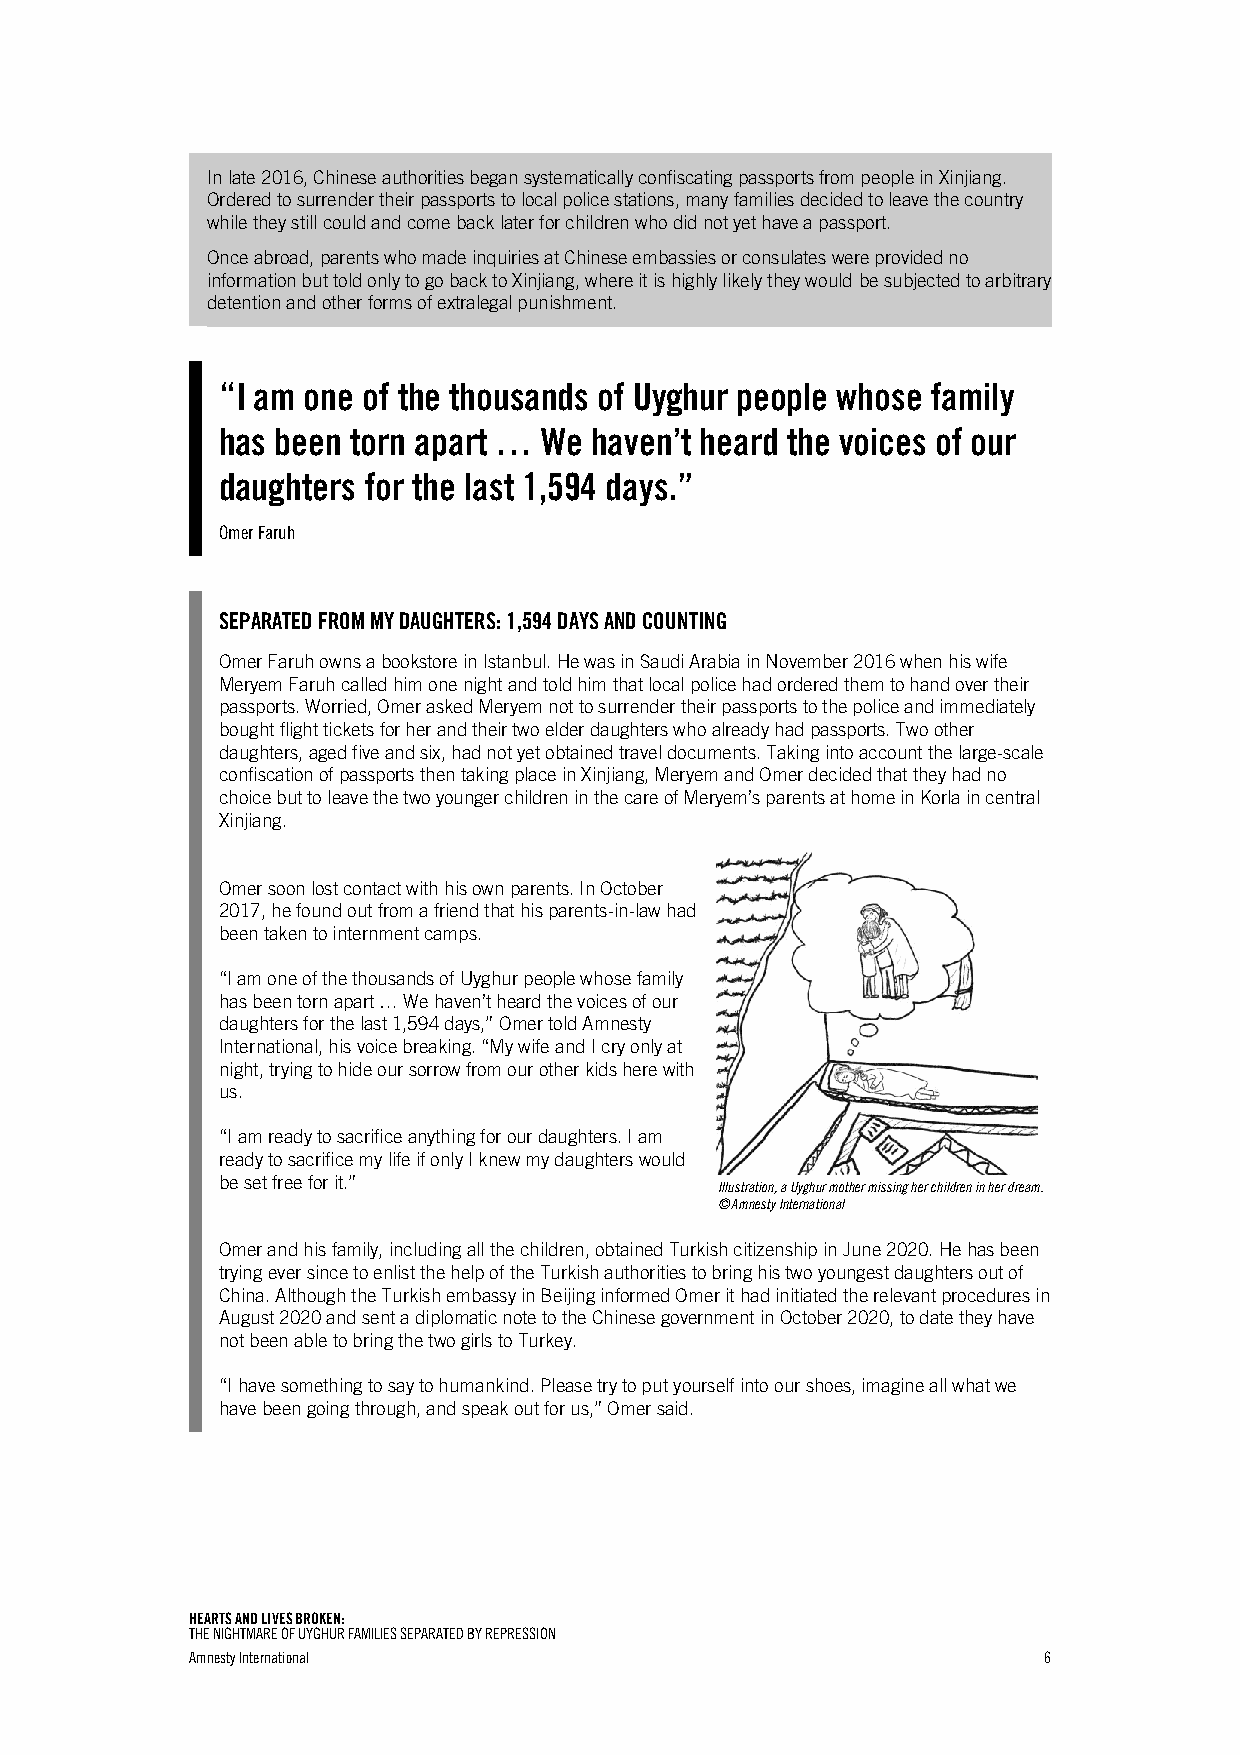
In late 2016, Chinese authorities began systematically confiscating passports from people in Xinjiang.
 Ordered to surrender their passports to local police stations, many families decided to leave the country
 while they still could and come back later for children who did not yet have a passport.
 Once abroad, parents who made inquiries at Chinese embassies or consulates were provided no
 information but told only to go back to Xinjiang, where it is highly likely they would be subjected to arbitrary
 detention and other forms of extralegal punishment.
 “I am one of the thousands of Uyghur people whose family
 has been torn apart … We haven’t heard the voices of our
 daughters for the last 1,594 days.”
 Omer Faruh
 SEPARATED FROM MY DAUGHTERS: 1,594 DAYS AND COUNTING
 Omer Faruh owns a bookstore in Istanbul. He was in Saudi Arabia in November 2016 when his wife
 Meryem Faruh called him one night and told him that local police had ordered them to hand over their
 passports. Worried, Omer asked Meryem not to surrender their passports to the police and immediately
 bought flight tickets for her and their two elder daughters who already had passports. Two other
 daughters, aged five and six, had not yet obtained travel documents. Taking into account the large-scale
 confiscation of passports then taking place in Xinjiang, Meryem and Omer decided that they had no
 choice but to leave the two younger children in the care of Meryem’s parents at home in Korla in central
 Xinjiang.
 Omer soon lost contact with his own parents. In October
 2017, he found out from a friend that his parents-in-law had
 been taken to internment camps.
 “I am one of the thousands of Uyghur people whose family
 has been torn apart … We haven’t heard the voices of our
 daughters for the last 1,594 days,” Omer told Amnesty
 International, his voice breaking. “My wife and I cry only at
 night, trying to hide our sorrow from our other kids here with
 us.
 “I am ready to sacrifice anything for our daughters. I am
 ready to sacrifice my life if only I knew my daughters would
 be set free for it.”
 Illustration, a Uyghur mother missing her children in her dream.
 © Amnesty International
 Omer and his family, including all the children, obtained Turkish citizenship in June 2020. He has been
 trying ever since to enlist the help of the Turkish authorities to bring his two youngest daughters out of
 China. Although the Turkish embassy in Beijing informed Omer it had initiated the relevant procedures in
 August 2020 and sent a diplomatic note to the Chinese government in October 2020, to date they have
 not been able to bring the two girls to Turkey.
 “I have something to say to humankind. Please try to put yourself into our shoes, imagine all what we
 have been going through, and speak out for us,” Omer said.
 HEARTS AND LIVES BROKEN:
 THE NIGHTMARE OF UYGHUR FAMILIES SEPARATED BY REPRESSION
 Amnesty International                                   6